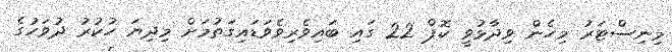
މިނިސްޓަރު މިހެން ވިދާޅުވީ ކޮޕް 22 ގައި ބައިވެރިވެވަޑައިގަތުމަށް މިދިޔަ ހުކުރު ދުވަހުގެ